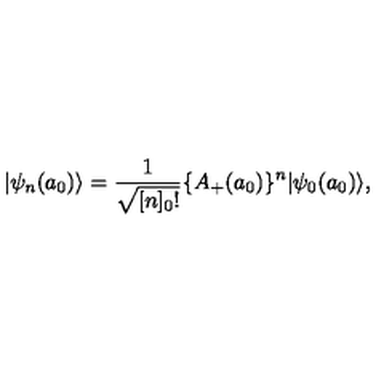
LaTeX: | \psi _ { n } ( a _ { 0 } ) \rangle = \frac { 1 } { \sqrt { [ n ] _ { 0 } ! } } \{ A _ { + } ( a _ { 0 } ) \} ^ { n } | \psi _ { 0 } ( a _ { 0 } ) \rangle ,